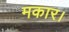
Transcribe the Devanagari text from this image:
मकार।